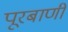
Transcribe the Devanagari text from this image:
पूरबाणी